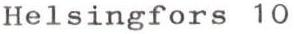
Helsingfors 10